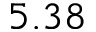
5 . 3 8